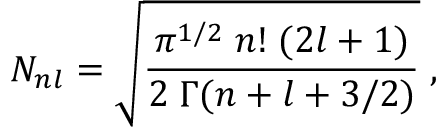
N _ { n l } = \sqrt { \frac { \pi ^ { 1 / 2 } \; n ! \; ( 2 l + 1 ) } { 2 \; \Gamma ( n + l + 3 / 2 ) } } \; ,